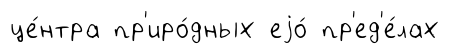
це́нтра пр'иро́дных еjо́ пр'ед'е́лах